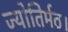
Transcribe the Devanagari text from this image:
ज्योतिर्मठ।